Report of the Imperial Institute of Veterinary Research, Muktesar
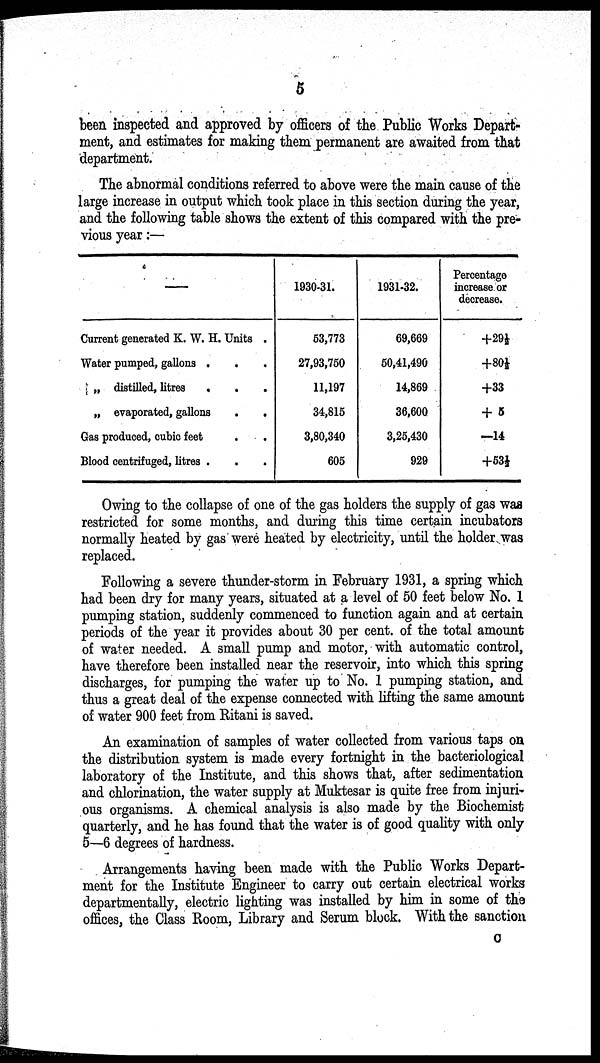
5
been inspected and approved by officers of the Public Works Depart-
ment, and estimates for making them permanent are awaited from that
department.
The abnormal conditions referred to above were the main cause of the
large increase in output which took place in this section during the year,
and the following table shows the extent of this compared with the pre-
vious year :—
—
Current generated K. W. H. Units .
Water pumped, gallons .
.
„ distilled, litres
.
.
„ evaporated, gallons
.
.
Gas produced, cubic feet . .
Blood centrifuged, litres .
1930-31.
53,773
27,93,750
11,197
34,815
3,80,340
605
1931-32.
69,669
50,41,490
14,869
36,600
3,25,430
929
Percentage
increase or
decrease.
+29½
+80½
+33
+ 5
-14
+53½
Owing to the collapse of one of the gas holders the supply of gas was
restricted for some months, and during this time certain incubators
normally heated by gas were heated by electricity, until the holder was
replaced.
Following a severe thunder-storm in February 1931, a spring which
had been dry for many years, situated at a level of 50 feet below No. 1
pumping station, suddenly commenced to function again and at certain
periods of the year it provides about 30 per cent. of the total amount
of water needed. A small pump and motor, with automatic control,
have therefore been installed near the reservoir, into which this spring
discharges, for pumping the water up to No. 1 pumping station, and
thus a great deal of the expense connected with lifting the same amount
of water 900 feet from Ritani is saved.
An examination of samples of water collected from various taps on
the distribution system is made every fortnight in the bacteriological
laboratory of the Institute, and this shows that, after sedimentation
and chlorination, the water supply at Muktesar is quite free from injuri¬
ous organisms. A chemical analysis is also made by the Biochemist
quarterly, and he has found that the water is of good quality with only
5—6 degrees of hardness.
Arrangements having been made with the Public Works Depart-
ment for the Institute Engineer to carry out certain electrical works
departmentally, electric lighting was installed by him in some of the
offices, the Class Room, Library and Serum block. With the sanction
C